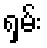
ရှမ်း